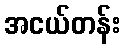
အငယ်တန်း